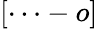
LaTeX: [\cdots-o]